Indian journal of veterinary science and animal husbandry - Volume 11,
Year: 1941
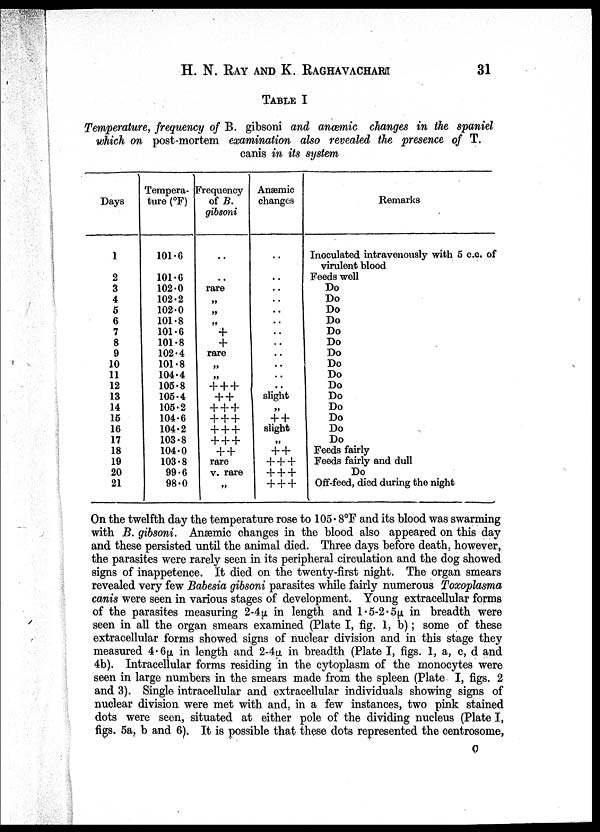
H. N. RAY AND K.
RAGHAVACHARI
31
TABLE I
Temperature, frequency of B. gibsoni and anæmic changes in the spaniel
which on post-mortem examination also revealed the presence of T.
canis in its system
Days
1
2
3
4
5
6
7
8
9
10
11
12
13
14
15
16
17
18
19
20
21
Tempera-
ture (°F)
101.6
101.6
102.0
102.2
102.0
101.8
101.6
101.8
102.4
101.8
104.4
105.8
105.4
105.2
104.6
104.2
103.8
104.0
103.8
99.6
98.0
Frequency
of B.
gibsoni
..
..
rare
„
„
„
+
+
rare
„
„
+ + +
+ +
+ + +
+ + +
+ + +
+ + +
+ +
rare
v. rare
„
Anæmic
changes
..
..
..
..
..
..
..
..
..
..
..
..
slight
„
+ +
slight
„
+ +
+ + +
+ + +
+ + +
Remarks
Inoculated intravenously with 5 c.c. of
virulent blood
Feeds well
Do
Do
Do
Do
Do
Do
Do
Do
Do
Do
Do
Do
Do
Do
Do
Feeds fairly
Feeds fairly and dull
Do
Off-feed, died during the night
On the twelfth day the temperature rose to 105. 8°F and its blood was swarming
with B. gibsoni. Anæmic changes in the blood also appeared on this day
and these persisted until the animal died. Three days before death, however,
the parasites were rarely seen in its peripheral circulation and the dog showed
signs of inappetence. It died on the twenty-first night. The organ smears
revealed very few Babesia gibsoni parasites while fairly numerous Toxoplasma
canis were seen in various stages of development. Young extracellular forms
of the parasites measuring 2.4µ in length and 1.5-2.5µ in breadth were
seen in all the organ smears examined (Plate I, fig. 1, b); some of these
extracellular forms showed signs of nuclear division and in this stage they
measured 4.6µ in length and 2-4µ in breadth (Plate I, figs. 1, a, c, d and
4b). Intracellular forms residing in the cytoplasm of the monocytes were
seen in large numbers in the smears made from the spleen (Plate I, figs. 2
and 3). Single intracellular and extracellular individuals showing signs of
nuclear division were met with and, in a few instances, two pink stained
dots were seen, situated at either pole of the dividing nucleus (Plate I,
figs. 5a, b and 6). It is possible that these dots represented the centrosome,
C